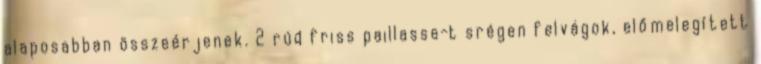
alaposabban összeérjenek. 2 rúd friss paillasse-t srégen felvágok, előmelegített